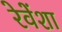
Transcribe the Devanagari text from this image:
रेवेंशा